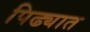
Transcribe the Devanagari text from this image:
पिढ्यात